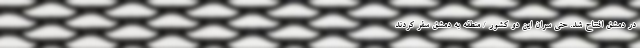
در دمشق افتتاح شد. حتی سران این دو کشور / منطقه به دمشق سفر کردند